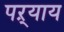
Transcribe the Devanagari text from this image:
पऱ्याय